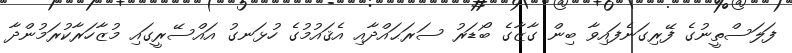
ފަލަސްތީނުގެ ފޭރިގަނެފައިވާ ބިިން ގާޒާގެ ބޯޑަރު ސަރަޙައްދާއި އެޤައުމުގެ ހުޅަނގު އައްސޭރީގައި މުޒާހަރާކުރަމުންދާ